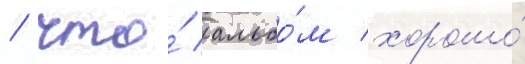
/ что́ альбо́м хорошо́